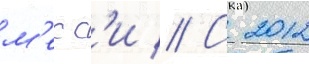
м'есс'и // С 2012